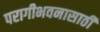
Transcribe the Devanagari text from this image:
परागीभवनासाठी